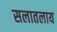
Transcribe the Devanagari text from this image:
सलातलाय